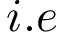
i . e